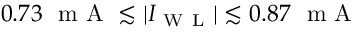
0 . 7 3 ~ \mathrm { ~ m ~ A ~ } \lesssim | I _ { \mathrm { ~ W ~ L ~ } } | \lesssim 0 . 8 7 ~ \mathrm { ~ m ~ A ~ }